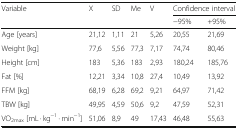
<table><thead><tr><td rowspan="2"><b>Variable</b></td><td rowspan="2"><b>X</b></td><td rowspan="2"><b>SD</b></td><td rowspan="2"><b>Me</b></td><td rowspan="2"><b>V</b></td><td colspan="2"><b>Confidence interval</b></td></tr><tr><td><b>−95%</b></td><td><b>+95%</b></td></tr></thead><tbody><tr><td>Age [years]</td><td>21,12</td><td>1,11</td><td>21</td><td>5,26</td><td>20,55</td><td>21,69</td></tr><tr><td>Weight [kg]</td><td>77,6</td><td>5,56</td><td>77,3</td><td>7,17</td><td>74,74</td><td>80,46</td></tr><tr><td>Height [cm]</td><td>183</td><td>5,36</td><td>183</td><td>2,93</td><td>180,24</td><td>185,76</td></tr><tr><td>Fat [%]</td><td>12,21</td><td>3,34</td><td>10,8</td><td>27,4</td><td>10,49</td><td>13,92</td></tr><tr><td>FFM [kg]</td><td>68,19</td><td>6,28</td><td>69,2</td><td>9,21</td><td>64,97</td><td>71,42</td></tr><tr><td>TBW [kg]</td><td>49,95</td><td>4,59</td><td>50,6</td><td>9,2</td><td>47,59</td><td>52,31</td></tr><tr><td>VO<sub>2max</sub> [mL · kg<sup>−1</sup> · min<sup>−1</sup>]</td><td>51,06</td><td>8,9</td><td>49</td><td>17,43</td><td>46,48</td><td>55,63</td></tr></tbody></table>